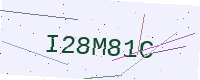
Text: I28M81C